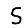
Digit: 5